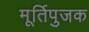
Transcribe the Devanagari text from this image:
मूर्तिपुजक